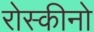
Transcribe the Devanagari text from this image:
रोस्कीनो